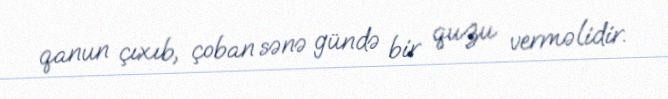
qanun çıxıb, çoban sənə gündə bir quzu verməlidir.